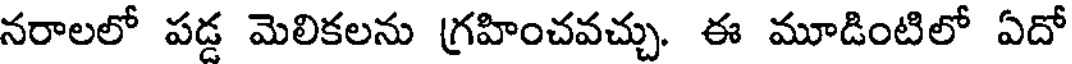
నరాలలో పడ్డ మెలికలను గ్రహించవచ్చు. ఈ మూడింటిలో ఏదో